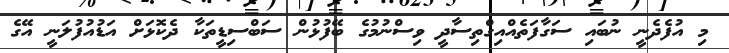
މި އުފެދެނީ ނުބައި ސަގާފަތެއްއިގްތިސާދީ ވިސްނުމުގެ ބޭފުޅުން ސަބްސިޑީތަކާ ދެކޮޅަށް އަޑުއުފުލަނީ އޭގެ